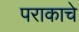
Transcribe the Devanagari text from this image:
पराकाचे